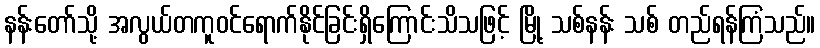
နန်းတော်သို့ အလွယ်တကူဝင်ရောက်နိုင်ခြင်းရှိကြောင်းသိသဖြင့် မြို့ သစ်နန်း သစ် တည်ရန်ကြံသည်။